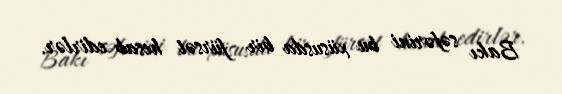
Bakı səfərini bu xüsusda bir fürsət hesab edirlər.